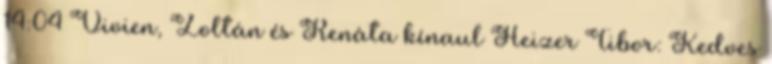
14:04 Vivien, Zoltán és Renáta kínaul Heizer Tibor: Kedves